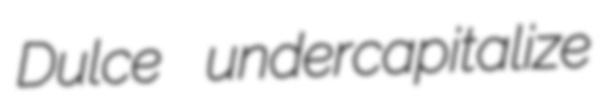
Dulce undercapitalize